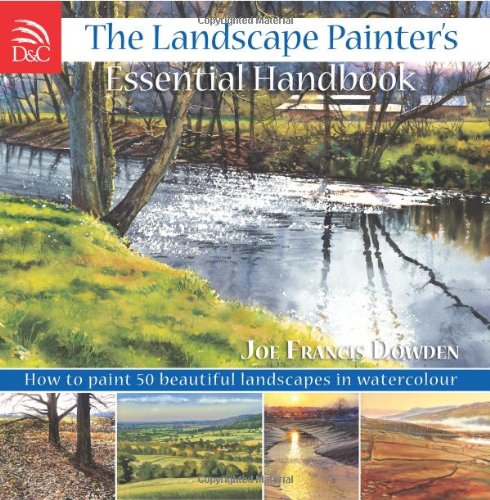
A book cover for The Landscape Painter's Essential Handbook: How to Paint 50 Beautiful Landscapes in Watercolor; Joe Francis Dowden; Arts & Photography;